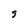
Character: g